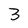
Character: 3